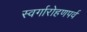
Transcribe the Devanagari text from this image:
स्वर्गारोहणपर्व